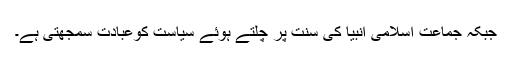
جبکہ جماعت اسلامی انبیا کی سنت پر چلتے ہوئے سیاست کوعبادت سمجھتی ہے۔